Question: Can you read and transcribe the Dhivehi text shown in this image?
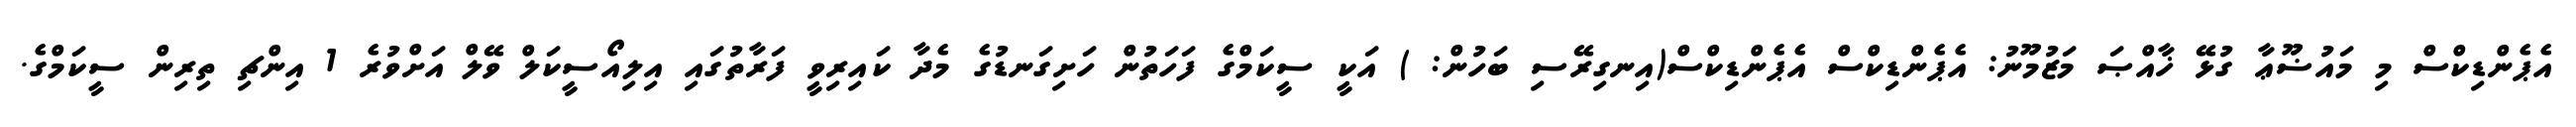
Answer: އެޕެންޑިކްސް މި މައުޟޫޢާ ގުޅޭ ޚާއްޞަ މަޒުމޫނު: އެޕެންޑިކްސް އެޕެންޑިކްސް(އިނގިރޭސި ބަހުން: ) އަކީ ސީކަމްގެ ފަހަތުން ހަށިގަނޑުގެ މެދާ ކައިރިވީ ފަރާތުގައި އިލިއޯސީކަލް ވޭލް އަށްވުރެ 1 އިންޗި ތިރިން ސީކަމްގެ.